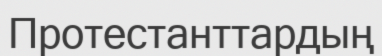
Протестанттардың